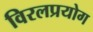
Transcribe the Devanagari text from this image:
विरलप्रयोग